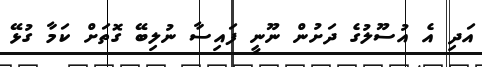
އަދި އެ އުސޫލުގެ ދަށުން ނޫނީ ފައިސާ ނުލިބޭ ގޮތަށް ކަމާ ގުޅޭ